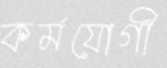
কর্মযোগী